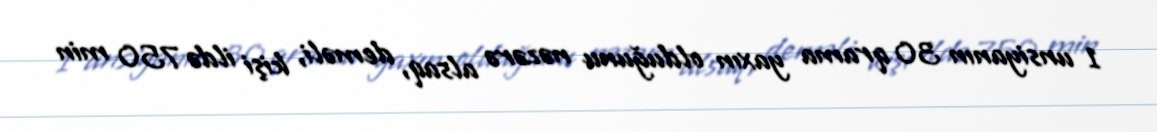
1 unsiyanın 30 qrama yaxın olduğunu nəzərə alsaq, deməli, kişi ildə 750 min